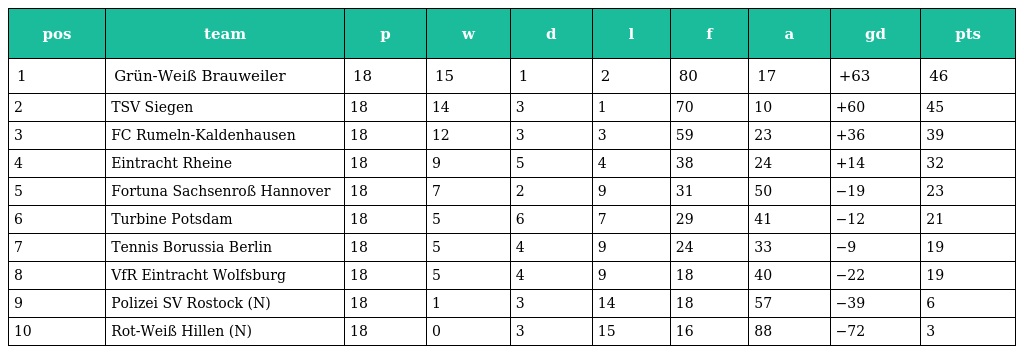
| pos | team | p | w | d | l | f | a | gd | pts |
 | --- | --- | --- | --- | --- | --- | --- | --- | --- | --- |
 | 1 | Grün-Weiß Brauweiler | 18 | 15 | 1 | 2 | 80 | 17 | +63 | 46 |
 | 2 | TSV Siegen | 18 | 14 | 3 | 1 | 70 | 10 | +60 | 45 |
 | 3 | FC Rumeln-Kaldenhausen | 18 | 12 | 3 | 3 | 59 | 23 | +36 | 39 |
 | 4 | Eintracht Rheine | 18 | 9 | 5 | 4 | 38 | 24 | +14 | 32 |
 | 5 | Fortuna Sachsenroß Hannover | 18 | 7 | 2 | 9 | 31 | 50 | −19 | 23 |
 | 6 | Turbine Potsdam | 18 | 5 | 6 | 7 | 29 | 41 | −12 | 21 |
 | 7 | Tennis Borussia Berlin | 18 | 5 | 4 | 9 | 24 | 33 | −9 | 19 |
 | 8 | VfR Eintracht Wolfsburg | 18 | 5 | 4 | 9 | 18 | 40 | −22 | 19 |
 | 9 | Polizei SV Rostock (N) | 18 | 1 | 3 | 14 | 18 | 57 | −39 | 6 |
 | 10 | Rot-Weiß Hillen (N) | 18 | 0 | 3 | 15 | 16 | 88 | −72 | 3 |